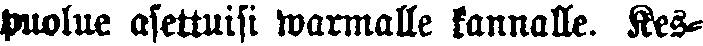
puolue asettuisi warmalle kannalle. Kes-